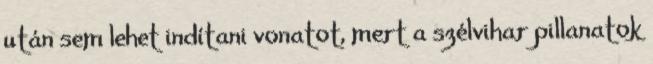
után sem lehet indítani vonatot, mert a szélvihar pillanatok